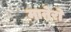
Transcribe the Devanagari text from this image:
मानेरो